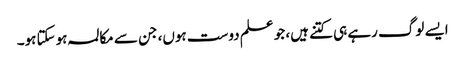
ایسے لوگ رہے ہی کتنے ہیں، جو علم دوست ہوں، جن سے مکالمہ ہوسکتا ہو۔